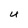
Character: 4